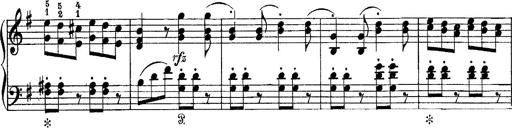
Title: Tarantelle di bravura dâ€™aprÃ¨s la tarantelle de La muette de Portici
Composer: Franz Liszt